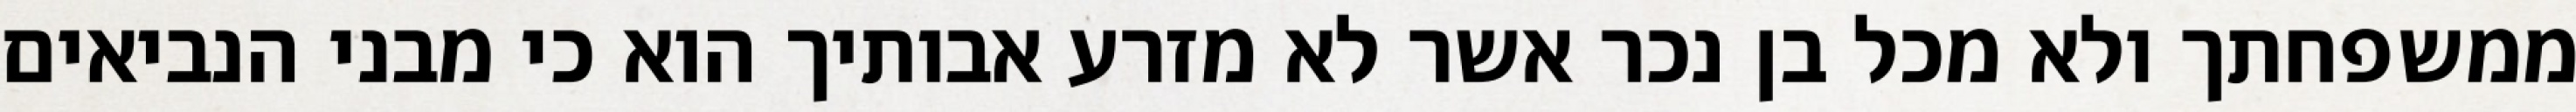
ממשפחתך ולא מכל בן נכר אשר לא מזרע אבותיך הוא כי מבני הנביאים